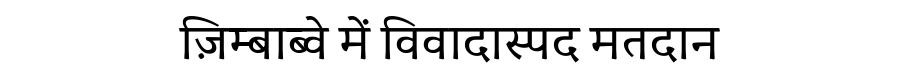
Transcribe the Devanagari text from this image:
ज़िम्बाब्वे में विवादास्पद मतदान